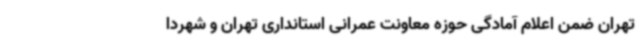
تهران ضمن اعلام آمادگی حوزه معاونت عمرانی استانداری تهران و شهردا